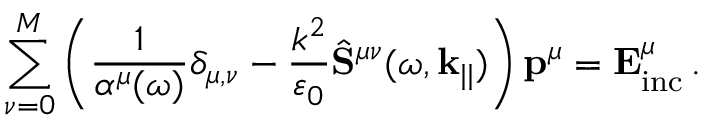
\sum _ { \nu = 0 } ^ { M } \left( \frac { 1 } { \alpha ^ { \mu } ( \omega ) } \delta _ { \mu , \nu } - \frac { k ^ { 2 } } { \varepsilon _ { 0 } } \hat { \mathbf { S } } ^ { \mu \nu } ( \omega , \mathbf { k } _ { | | } ) \right) \mathbf { p } ^ { \mu } = \mathbf { E } _ { \mathrm { i n c } } ^ { \mu } \, .